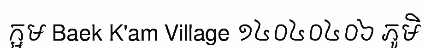
ក្អម Baek K'am Village ១៤០៤០៤០៦ ភូមិ